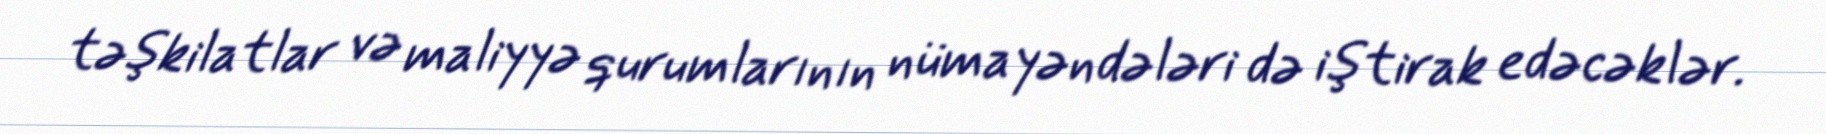
təşkilatlar və maliyyə qurumlarının nümayəndələri də iştirak edəcəklər.